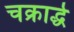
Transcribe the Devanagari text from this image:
चक्रार्द्ध